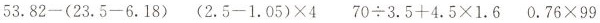
$$5 3 . 8 2 - ( 2 3 . 5 - 6 . 1 8 )$$ $$( 2 . 5 - 1 . 0 5 ) \times 4$$ $$7 0 \div 3 . 5 + 4 . 5 \times 1 . 6$$ $$0 . 7 6 \times 9 9$$